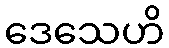
ဒေသေဟိ